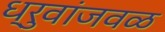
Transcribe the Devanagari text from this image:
ध्रुवांजवळ